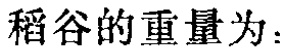
稻谷的重量为：